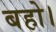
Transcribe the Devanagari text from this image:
बहो।